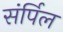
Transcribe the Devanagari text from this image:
संर्पिल